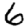
Digit: 6